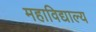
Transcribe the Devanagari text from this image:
महाविद्याल्य